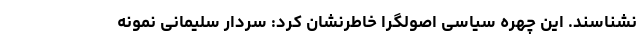
نشناسند. این چهره سیاسی اصولگرا خاطرنشان کرد: سردار سلیمانی نمونه